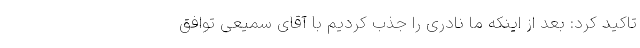
تاکید کرد: بعد از اینکه ما نادری را جذب کردیم با آقای سمیعی توافق